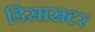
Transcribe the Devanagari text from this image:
डिसासटर